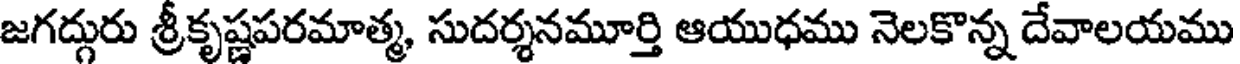
జగద్గురు శ్రీకృష్ణపరమాత్మ, సుదర్శనమూర్తి ఆయుధము నెలకొన్న దేవాలయము